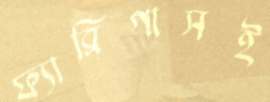
ফ্যাব্রিগাসই